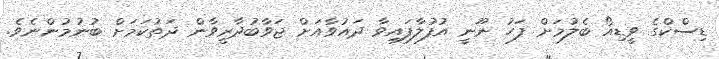
ޑިސްކްގެ ވީޑިއޯ ބެލުމަށް ފަހު ނޫނީ އުފުލާފައިވާ ދައުވާއަށް ޖަވާބުދާރީވާން ދަތުކަމަށް ބުނުމުންނެވެ.